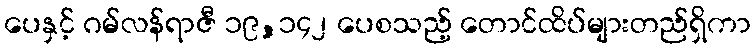
ပေနှင့် ဂမ်လန်ရာဇီ ၁၉,၁၄၂ ပေစသည့် တောင်ထိပ်များတည်ရှိကာ